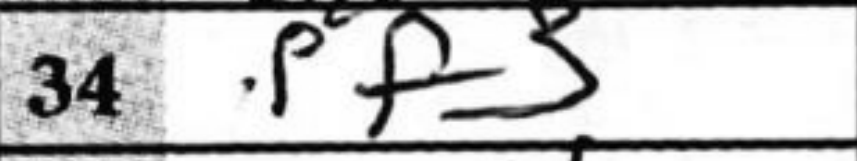
Transcription: Pf3